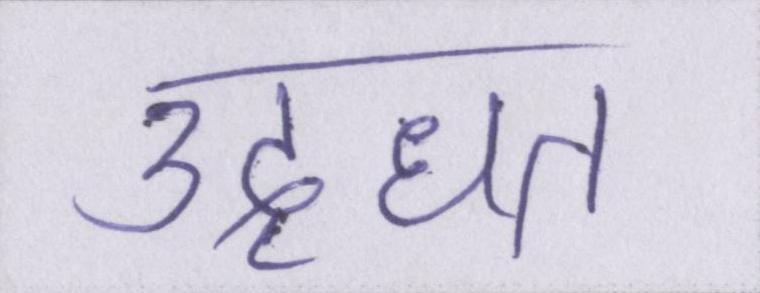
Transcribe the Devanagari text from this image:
उद्धृत